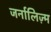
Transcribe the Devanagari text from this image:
जर्नालिज़्म